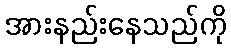
အားနည်းနေသည်ကို